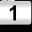
Digit: 1